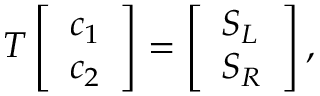
T \left[ \begin{array} { l } { c _ { 1 } } \\ { c _ { 2 } } \end{array} \right] = \left[ \begin{array} { l } { S _ { L } } \\ { S _ { R } } \end{array} \right] ,